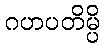
ဂဟပတိမ္ပိ